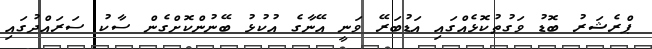
ޕްރެޝަރު ބޮޑު ވަގުތުކޮޅެއްގައި އަޑުބަރޭ ވަނީ އޭނާގެ އުކުޅު ބޭނުންކޮށްގެން ސާކު ސަރައްދުގައި